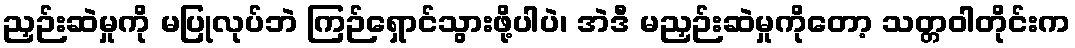
ညှဉ်းဆဲမှုကို မပြုလုပ်ဘဲ ကြဉ်ရှောင်သွားဖို့ပါပဲ၊ အဲဒီ မညှဉ်းဆဲမှုကိုတော့ သတ္တဝါတိုင်းက